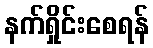
နက်ရှိုင်းစေရန်